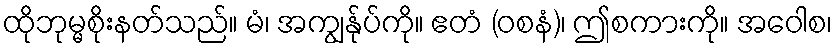
ထိုဘုမ္မစိုးနတ်သည်။ မံ၊ အကျွန်ုပ်ကို။ ဧတံ (ဝစနံ)၊ ဤစကားကို။ အဝေါစ၊